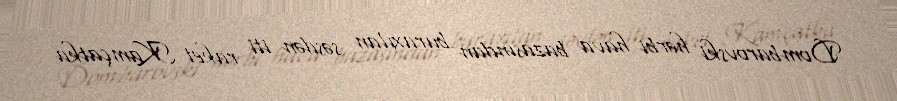
Dombarovski hərbi hava bazasından buraxılan səsdən iti raket Kamçatka